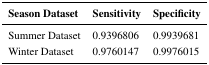
<table><thead><tr><td><b>Season Dataset</b></td><td><b>Sensitivity</b></td><td><b>Specificity</b></td></tr></thead><tbody><tr><td>Summer Dataset</td><td>0.9396806</td><td>0.9939681</td></tr><tr><td>Winter Dataset</td><td>0.9760147</td><td>0.9976015</td></tr></tbody></table>